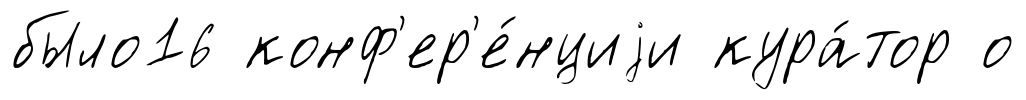
было16 конф'ер'е́нциjи кура́тор о